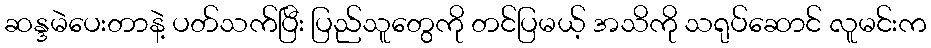
ဆန္ဒမဲပေးတာနဲ့ ပတ်သက်ပြီး ပြည်သူတွေကို တင်ပြမယ့် အသိကို သရုပ်ဆောင် လူမင်းက